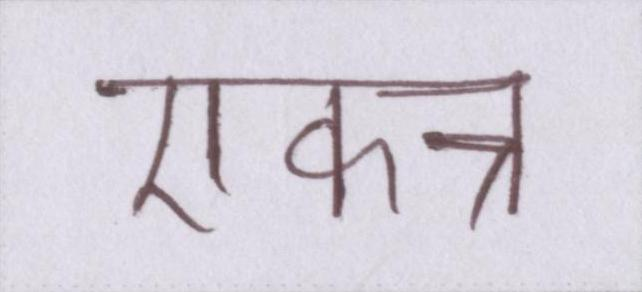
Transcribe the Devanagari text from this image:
एकत्र